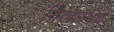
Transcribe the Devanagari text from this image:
निखळवणे